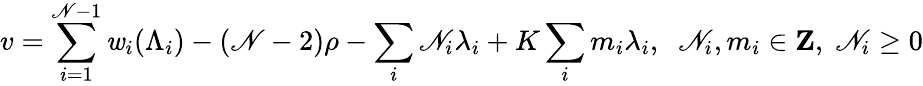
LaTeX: v=\sum_{i=1}^{\mathscr{N}-1}\mathit{w}_{i}(\Lambda_{i})-(\mathscr{N}-2)\rho-\sum_{i}\mathscr{N}_{i}\lambda_{i}+K\sum_{i}m_{i}\lambda_{i},\; \; \mathscr{N}_{i},m_{i}\in{\mathbf{Z}},\; \mathscr{N}_{i}\geq0